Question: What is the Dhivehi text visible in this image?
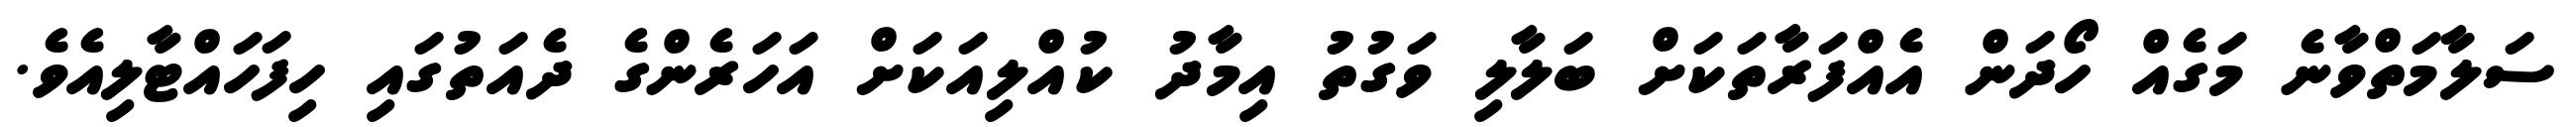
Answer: ސަލާމަތްވާނެ މަގެއް ހޯދަން އެއްފަރާތަކަށް ބަލާލި ވަގުތު އިމާދު ކުއްލިއަކަށް އަހަރެންގެ ދެއަތުގައި ހިފަހައްޓާލިއެވެ.